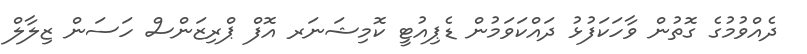
ދެއްވުމުގެ ގޮތުން ވާހަކަފުޅު ދައްކަވަމުން ޑެޕިއުޓީ ކޮމިޝަނަރ އޮފް ޕްރިޒަންސް ހަސަން ޒިލާލް